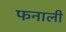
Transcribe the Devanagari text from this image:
फनाली